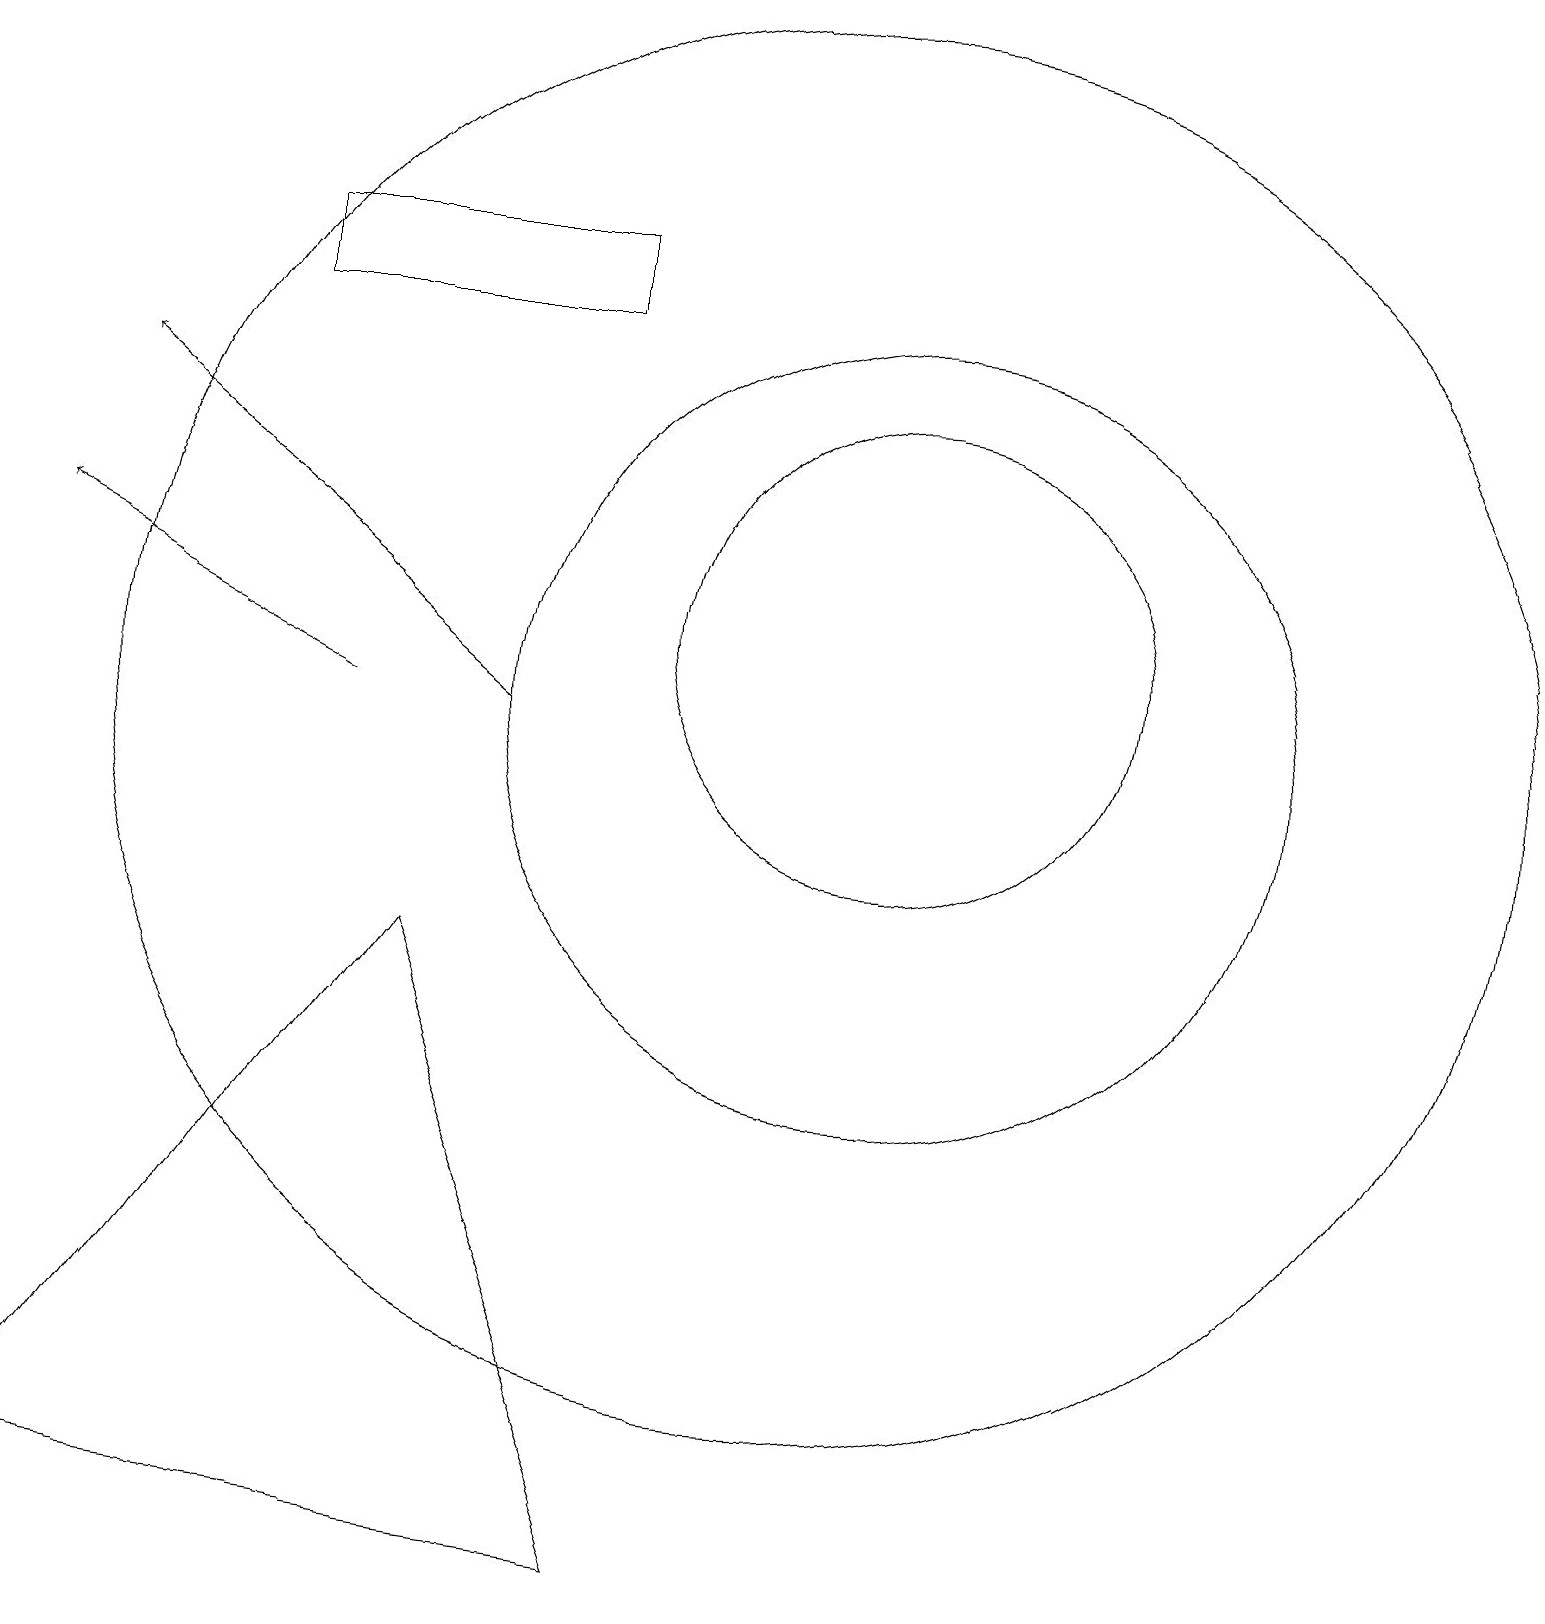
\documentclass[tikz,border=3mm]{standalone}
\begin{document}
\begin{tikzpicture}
\draw (0,1) -- (8,0) -- (5,8) -- cycle;
\draw (10,11) circle (9);
\draw (11,11) circle (5);
\draw (11,12) circle (3);
\draw[->] (4,11) -- (0,13);
\draw (3,17) rectangle (7,16);
\draw[->] (6,11) -- (1,15);
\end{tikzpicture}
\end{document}